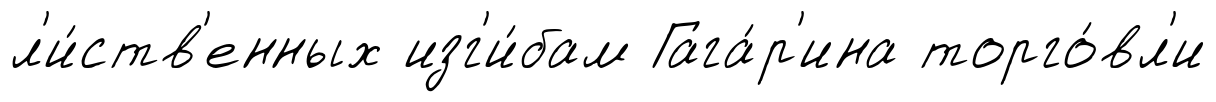
л'и́ств'енных изг'и́бам Гага́р'ина торго́вл'и